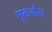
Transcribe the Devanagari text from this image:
मूळचीच